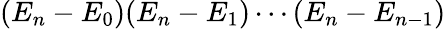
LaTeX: (E_{n}-E_{0})(E_{n}-E_{1})\cdots(E_{n}-E_{n-1})